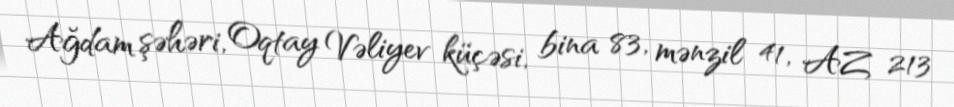
Ağdam şəhəri, Oqtay Vəliyev küçəsi, bina 83, mənzil 41, AZ 213